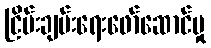
ငြိမ်းချမ်းရေးဖော်ဆောင်မှု